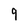
Character: 9